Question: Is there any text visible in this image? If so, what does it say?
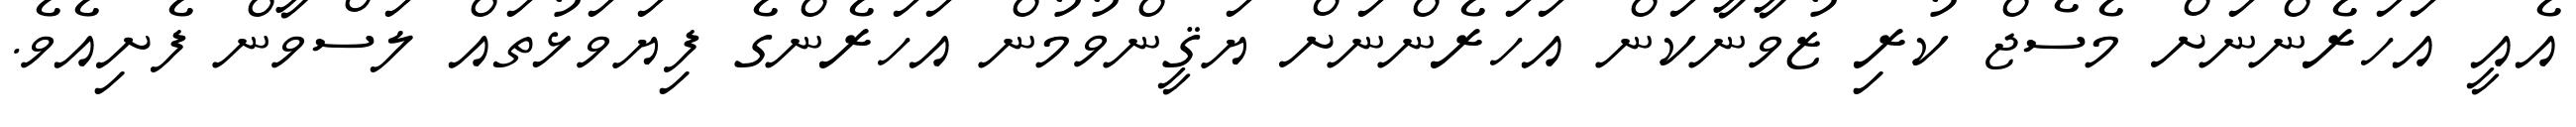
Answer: އެއީ އަހަރެންނަށް މެސެޖް ކުރި ޒުވާނާކަން އަހަރެންނަށް ޔަޤީންވުމުން އަހަރެންގެ ފިޔަވަޅުތައް ލަސްވާން ފެށިއެވެ.